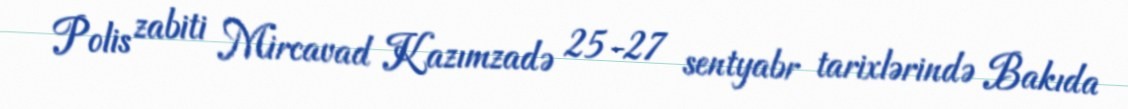
Polis zabiti Mircavad Kazımzadə 25-27 sentyabr tarixlərində Bakıda